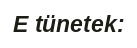
E tünetek: